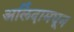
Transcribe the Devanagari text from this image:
अलिंदामधून